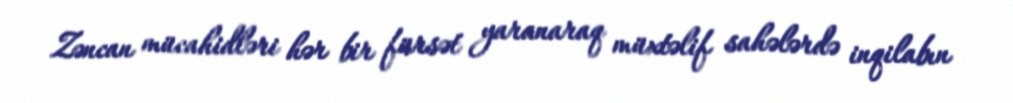
Zəncan mücahidləri hər bir fürsət yaranaraq müxtəlif sahələrdə inqilabın